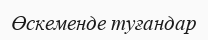
Өскеменде туғандар